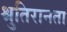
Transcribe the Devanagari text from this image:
श्रुतिरानता